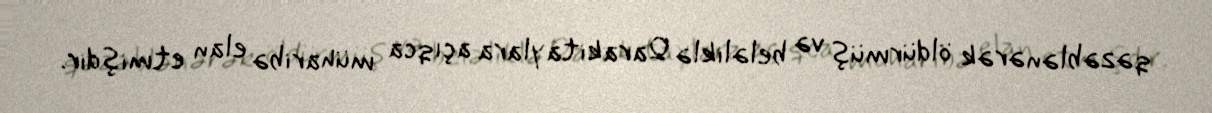
qəzəblənərək öldürmüş və beləliklə Qarakitaylara açıqca müharibə elan etmişdir.